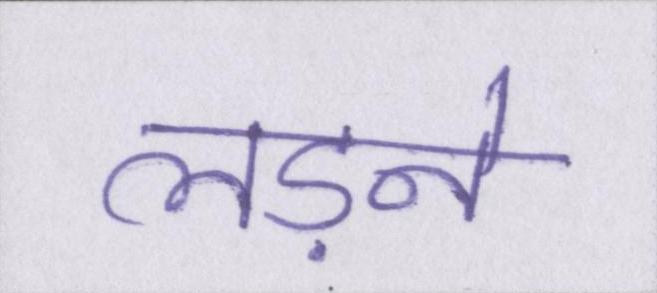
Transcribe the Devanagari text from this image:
लड़ने